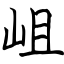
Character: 岨